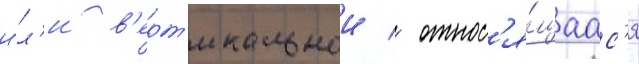
и́л'и в'ерт'икальнои / относ'я́щаас'я